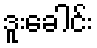
ဒူးခေါင်း